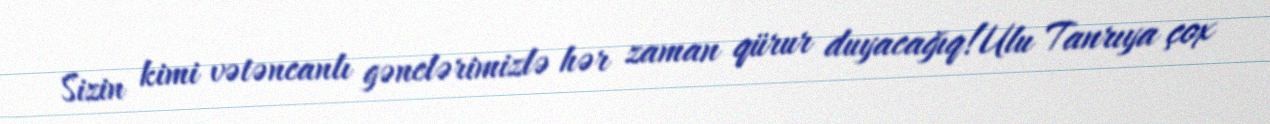
Sizin kimi vətəncanlı gənclərimizlə hər zaman qürur duyacağıq!Ulu Tanrıya çox